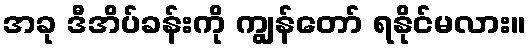
အခု ဒီအိပ်ခန်းကို ကျွန်တော် ရနိုင်မလား။